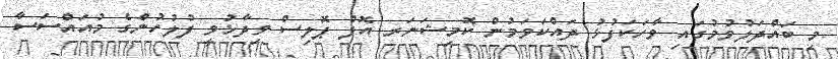
މި ބައްދަލުވުމުގައި ވާހަކަފުޅު ދައްކަވަމުން ކޮމިޝަނަރ އޮފް ޕޮލިސް ވިދާޅުވީ ފުލުހުންގެ މުއައްސަސާ